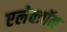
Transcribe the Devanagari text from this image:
एलेक्त्रॉन